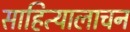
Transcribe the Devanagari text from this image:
साहित्यालाचन